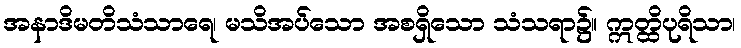
အနာဒိမတိသံသာရေ၊ မသိအပ်သော အစရှိသော သံသရာ၌။ ဣတ္ထိပုရိသာ၊